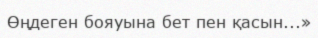
Өңдеген бояуына бет пен қасын...»